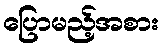
ပြောမည့်အစား